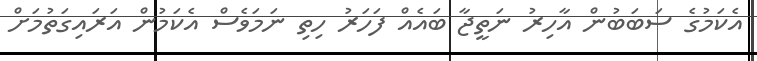
އެކަމުގެ ސަބަބުން އާހިރު ނަތީޖާ ބައެއް ފަހަރު ހިތި ނަމަވެސް އެކަމުން އަރައިގަތުމަށް